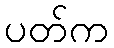
ပတ်က